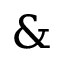
\&